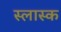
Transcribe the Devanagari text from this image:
स्लास्क